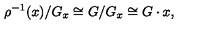
\rho ^ { - 1 } ( x ) / G _ { x } \cong G / G _ { x } \cong G \cdot x ,